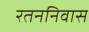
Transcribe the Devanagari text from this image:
रतननिवास